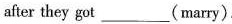
after they got___(marry).